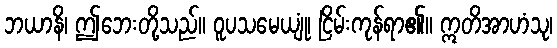
ဘယာနိ၊ ဤဘေးတို့သည်။ ဝူပသမေယျုံ၊ ငြိမ်းကုန်ရာ၏။ ဣတိအာဟံသု၊